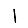
Digit: 1